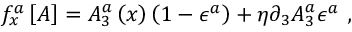
f _ { x } ^ { a } \left[ A \right] = A _ { 3 } ^ { a } \left( x \right) \left( 1 - \epsilon ^ { a } \right) + \eta \partial _ { 3 } A _ { 3 } ^ { a } \epsilon ^ { a } \ ,